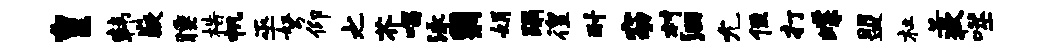
皇韩嶷睡梏帆巫弩仰之芥唱泳翳娟蹋徨耐窈村洄允侄打蝶盟杜苦狄噬